Bombay plague: being a history of the progress of plague in the Bombay presidency from September 1896 to June 1899
Year: 1896
Disease focus: Plague
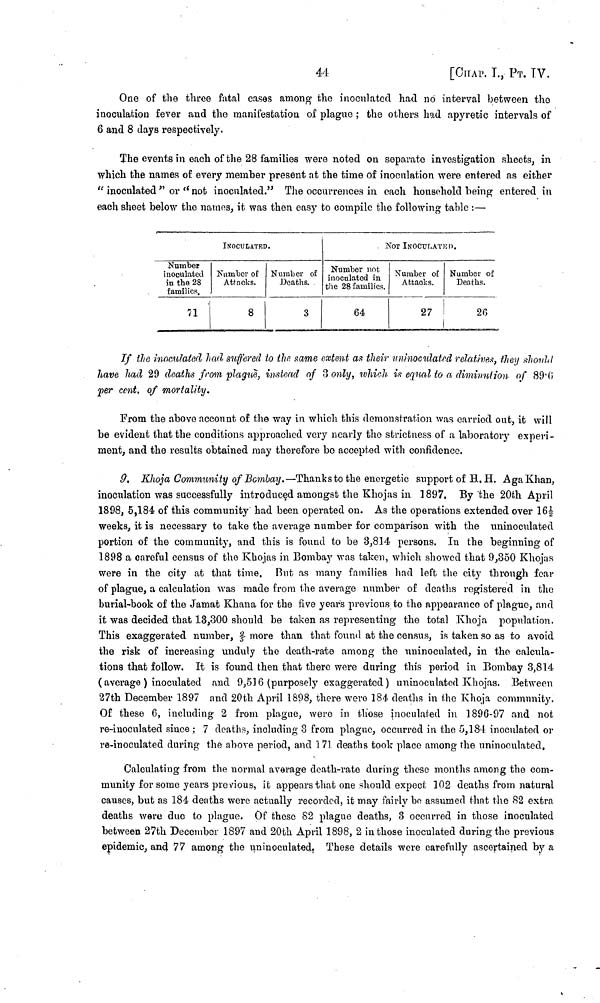
44
[chap. I., ΡT. IV.
One of the three fatal cases among the inoculated had no interval between the
inoculation fever and the manifestation of plague ; the others had apyretic intervals of
6 and 8 days respectively.
The events in each of the 28 families were noted on separate investigation sheets, in
which the names of every member present at the time of inoculation were entered as either
" inoculated " or " not inoculated." The occurrences in each household being entered in
each sheet below the names, it was then easy to compile the following table : —
Number
inoculated
in the 28
families.
71
INOCULATED.
Number of
Attacks.
8
Number of
Deaths.
3
NOT INOCULATED.
Number not
inoculated in
the 28 families.
64
Number of
Attacks.
27
Number of
Deaths.
2G
If the inoculated had suffered to the same extent as their uninoculated relatives, they should
have had 29 deaths from plague, instead of 3 only, which is equal to a diminution of 89.6
per cent. of mortality.
From the above account of the way in which this demonstration was carried out, it will
be evident that the conditions approached very nearly the strictness of a laboratory experi-
ment, and the results obtained may therefore be accepted with confidence.
9. Khoja Community of Bombay.—Thanks to the energetic support of Η. Η. Aga Khan,
inoculation was successfully introduced amongst the Khojas in 1897. By the 20th April
1898, 5,184 of this community had been operated on. As the operations extended over 16½
weeks, it is necessary to take the average number for comparison with the nninoculated
portion of the community, and this is found to be 3,814 persons. In the beginning of
1898 a careful census of the Khojas in Bombay was taken, which showed that 9,350 Khojas
were in the city at that time. But as many families had left the city through fear
of plague, a calculation was made from the average number of deaths registered in the
burial-book of the Jamat Khana for the five years previous to the appearance of plague, and
it was decided that 13,300 should be taken as representing the total Khoja population.
This exaggerated number, more than that found at the census, is taken so as to avoid
the risk of increasing unduly the death-rate among the uninoculated, in the calcula-
tions that follow. It is found then that there were during this period in Bombay 3,814
( average ) inoculated and 9,516 (purposely exaggerated ) uninoculated Khojas. Between
27th December 1897 and 20th April 1898, there were 184 deaths in the Khoja community.
Of these 6, including 2 from plague, were in those inoculated in 1896-97 and not
re-inoculated since ; 7 deaths, including 3 from plague, occurred in the 5,184 inoculated or
re-inoculated during the above period, and 171. deaths took place among the uninoculated.
Calculating from the normal average death-rate during those months among the com-
munity for some years previous, it appears that one should expect 102 deaths from natural
causes, but as 184 deaths were actually recorded, it may fairly bo assumed that the 82 extra
deaths were duo to plague. Of these 82 plague deaths, 3 occurred in those inoculated
between 27th December 1897 and 20th April 1898, 2 in those inoculated during the previous
epidemic, and 77 among the uninoculated. These details wore carefully ascertained by a